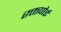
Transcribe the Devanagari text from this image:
रक्तपोई